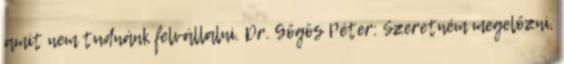
amit nem tudnánk felvállalni. Dr. Gőgös Péter: Szeretném megelőzni,